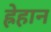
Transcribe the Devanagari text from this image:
ह्रेहान